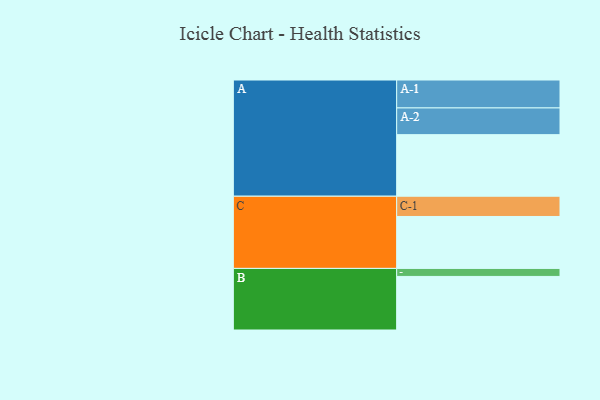
{"axis": {"x": "Segment", "y": "Value"}, "legend": ["", "A", "B", "C"], "data": [{"x": "A", "y": 569, "type": ""}, {"x": "B", "y": 495, "type": ""}, {"x": "C", "y": 480, "type": ""}, {"x": "A-1", "y": 258, "type": "A"}, {"x": "A-2", "y": 247, "type": "A"}, {"x": "B-1", "y": 74, "type": "B"}, {"x": "C-1", "y": 187, "type": "C"}]}